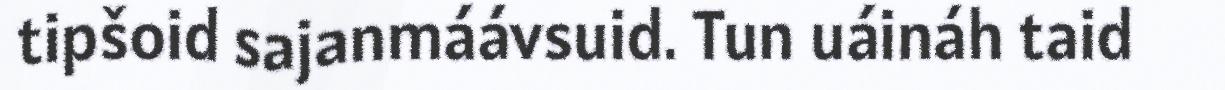
tipšoid sajanmáávsuid. Tun uáináh taid